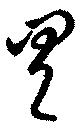
具